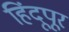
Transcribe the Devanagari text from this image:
हिंदूपूर